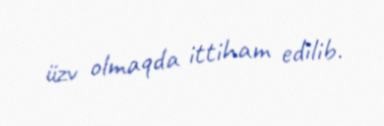
üzv olmaqda ittiham edilib.